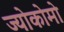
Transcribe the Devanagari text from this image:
ज्योकोमो